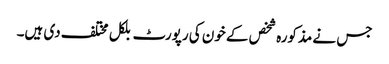
جس نے مذکورہ شخص کے خون کی رپورٹ بلکل مختلف دی ہیں۔